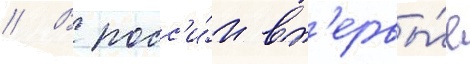
// В росс'и́и вп'ервы́е